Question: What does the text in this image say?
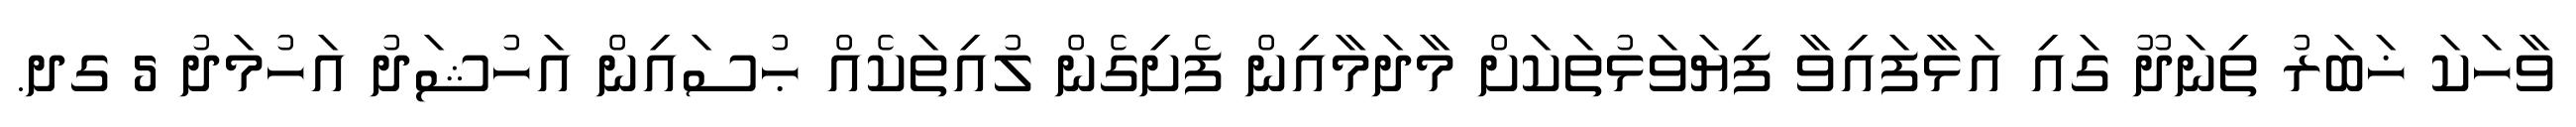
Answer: ވާހަކަ ޚަބަރު ތިނަދޫ ގައި އަޅާފައިވާ ފިޔަވަޅުތަކަށް މާދަމާއިން ފެށިގެން ލުއިތަކެއް ޙުސައިން އަހުޝަދު އަހުމަދު 5 ގދ.